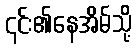
၎င်း၏နေအိမ်သို့